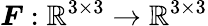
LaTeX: \boldsymbol{F}:\mathbb{R}^{3\times 3}\rightarrow\mathbb{R}^{3\times 3}